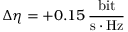
\Delta \eta = + 0 . 1 5 \, \frac { \mathrm { b i t } } { \mathrm { s } \cdot \mathrm { H z } }